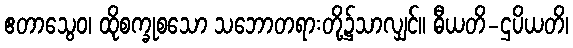
ဧတာသွေဝ၊ ထိုစက္ခုစသော သဘောတရားတို့၌သာလျှင်။ ဓီယတိ-ဌပိယတိ၊